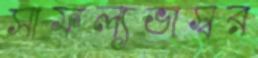
সাফল্যভাস্বর